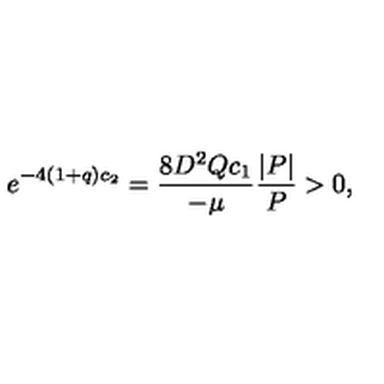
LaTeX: e ^ { - 4 ( 1 + q ) c _ { 2 } } = \frac { 8 D ^ { 2 } Q c _ { 1 } } { - \mu } \frac { | P | } { P } > 0 ,